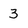
Character: 3